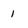
Character: 1